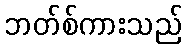
ဘတ်စ်ကားသည်